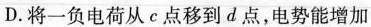
D.将一负电荷从c点移到d点，电势能增加